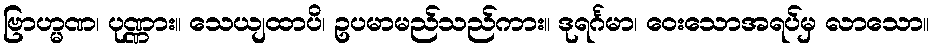
ဗြာဟ္မဏ၊ ပုဏ္ဏား။ သေယျထာပိ၊ ဥပမာမည်သည်ကား။ ဒုရင်္ဂမာ၊ ဝေးသောအရပ်မှ လာသော။